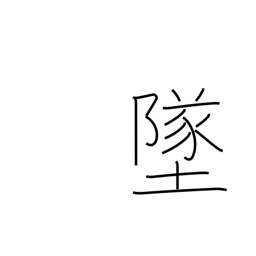
Meaning: crash